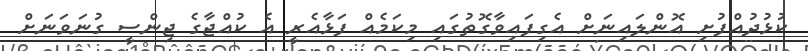
ކުޅުދުއްފުށި އޮންލައިނަށް އެގިފައިވާގޮތުގައި މިކަމެއް ފަޅާއެރީ އެ ކުއްޖާގެ ޖިންސީ ގުނަވަނަށް